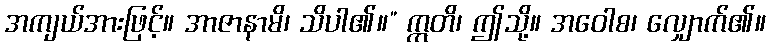
အကျယ်အားဖြင့်။ အာဇာနာမိ၊ သိပါ၏။” ဣတိ၊ ဤသို့။ အဝေါစ၊ လျှောက်၏။